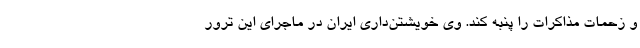
و زحمات مذاکرات را پنبه کند. وی خویشتن‌داری ایران در ماجرای این ترور